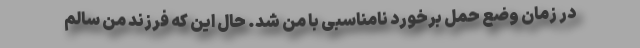
در زمان وضع حمل برخورد نامناسبی با من شد. حال این‌ که فرزند من سالم